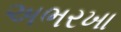
અભરખા